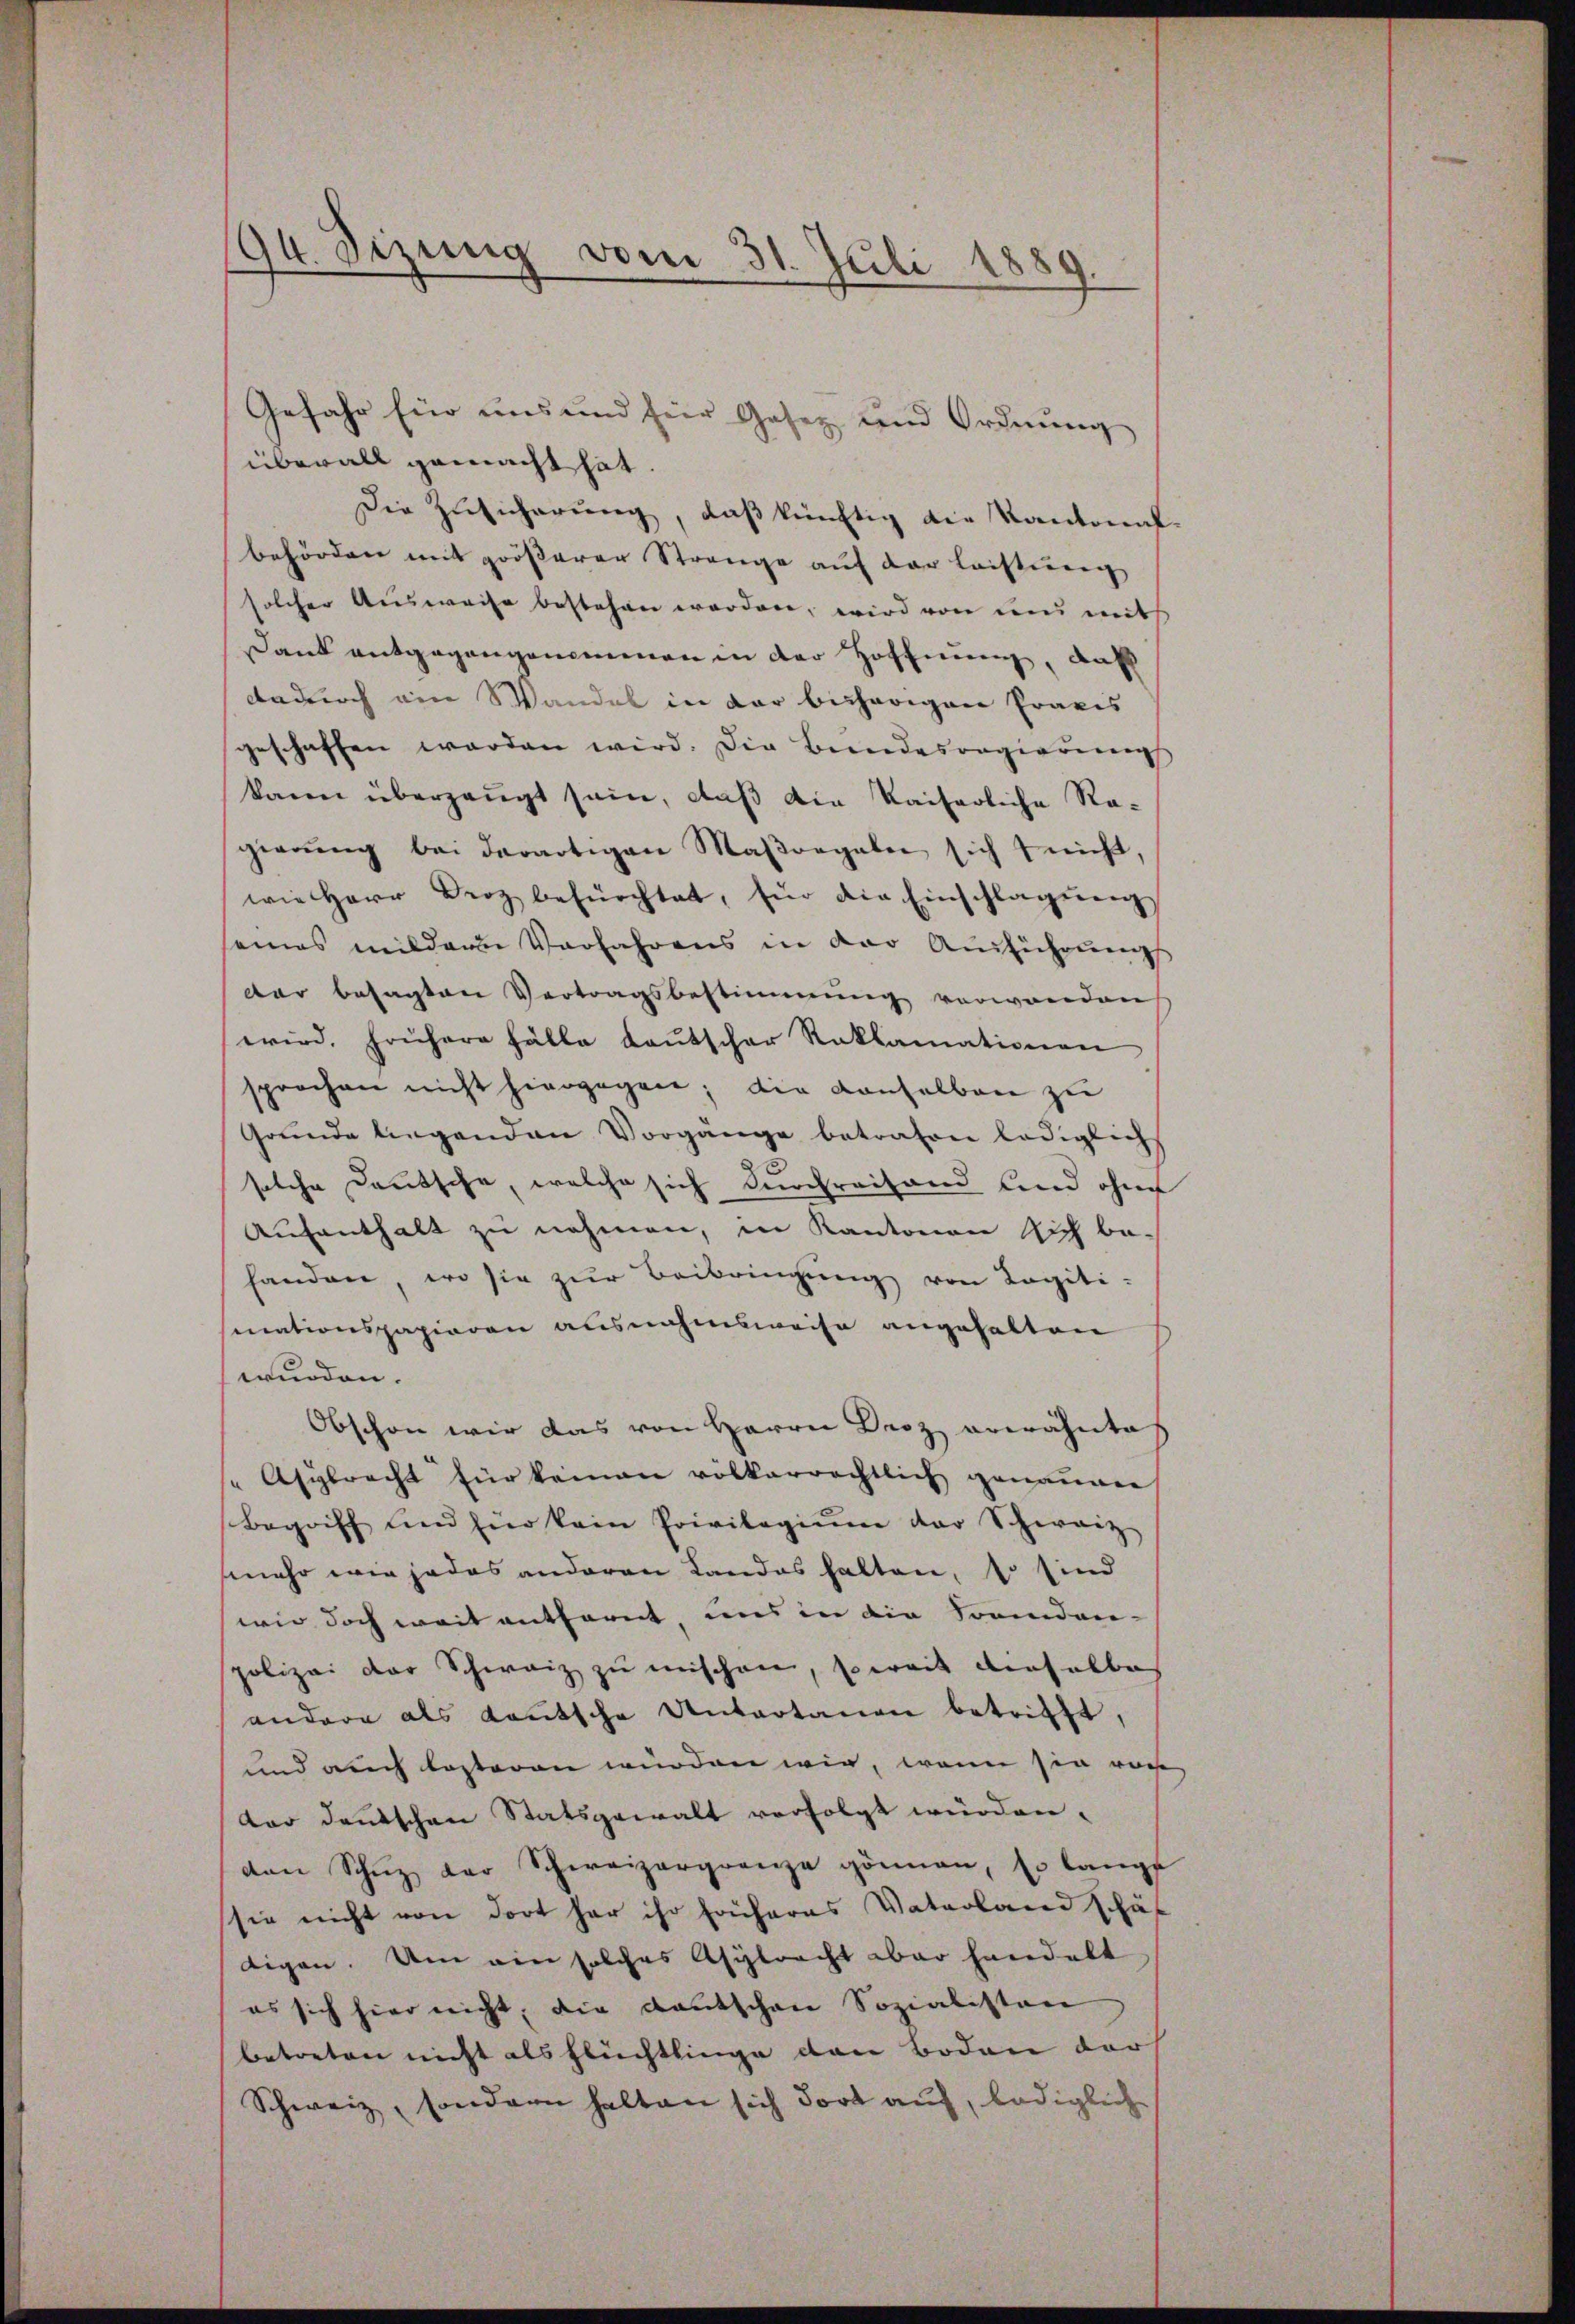
94. Sizung vom 31. Juli 1889.

Gefahr für uns und hier Gesez und Ordnung
überall gemacht hat.
Die Zusicherung, daß künftig die Kantonal
behörden mit grösserer Strange auf der Leistung
solcher Ausweise bestehen werden, wird von und mit
Dank entgegangenommen in der Hoffnung, daß
dadurch ein Wandel in der bisherigen Praxis
geschaffen werden wird. Die Bundesregierung
kann überzeugt sein, daß die Kaiserliche Re-
gierŭng bei derartigen Maβorgaben sich nicht,
wie Herr Droz befürchtet, für die Einschlagŭng
seines mildern Verfahrens in der Ausführung
dar besagten Vertragsbestimmung verwanden
wird. Frühere Fälle bautscher Reklamationen
sprochen nicht hiergegen; die vonselben zu
Gründe liegenden Vorgänge betrafen lediglich
solche Deutsche, welche sich durchreitand und ohne
Aufenthalt zu nehmen, in Kantonen sich be-
handen, wo sie zŭr Beibringung von Legiti-
mationspapieren ausnahmsweise angehalten
wurden.
Obschon wir das von Herrn Droz erwähnte
Asybracht für keinen völkerrechtlich genannen
Begriff und für kein Privilegiŭm der Schweiz
mehr wie jedes anderen Landos halten, so sind
wie doch weit entfernt, uns in die Fremden-
polizei der Schweiz zu mischen, soweit derselbe
andere als Laŭtsche Untertanen betrifft,
und auch besteren würden wir, wenn sie von
ter deutschen Statsgewalt verfolgt würden.
von Schŭz der Schweizergrenze gönnen, so lange
sie nicht von dort har ihr früheres Vaterland schäf
tigen. Um ein solches Asylracht aber handelt
es sich hier nicht, die Kautschen Sozialistan
betreten nicht als Flüchtlinge den Boden der
Schweiz, sondern halten sich dort auf, lediglich